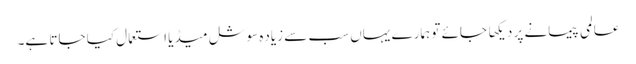
عالمی پیمانے پر دیکها جائے تو ہمارے یہاں سب سے زیاده سوشل میڈیا استعمال کیا جاتا ہے۔